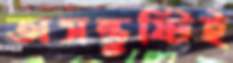
অসন্তুষ্টিই